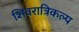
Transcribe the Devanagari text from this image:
शिवरात्रिकल्प